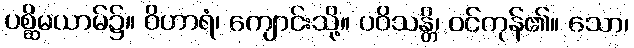
ပစ္ဆိမယာမ်၌။ ဝိဟာရံ၊ ကျောင်းသို့။ ပဝိသန္တိ၊ ဝင်ကုန်၏။ သော၊